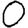
Digit: 0